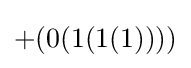
+(0(1(1(1))))